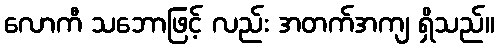
လောကီ သဘောဖြင့် လည်း အတက်အကျ ရှိသည်။